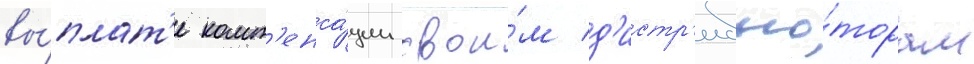
вы́плат'е комп'енса́ции свои́м д'истр'ибью́торам